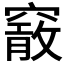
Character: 𥨄